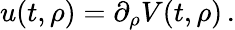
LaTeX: \begin{array}{r}{u(t,\rho)=\partial_{\rho}V(t,\rho)\, .}\end{array}